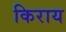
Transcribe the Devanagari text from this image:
किराय